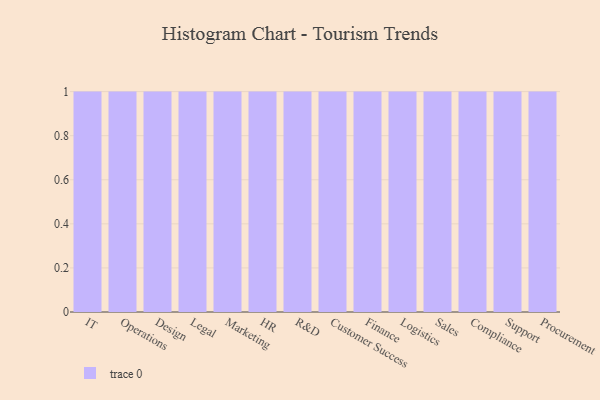
{"axis": {"x": "Department", "y": "Backlog"}, "legend": [""], "data": [{"x": "IT", "y": 36, "type": ""}, {"x": "Operations", "y": 95, "type": ""}, {"x": "Design", "y": 49, "type": ""}, {"x": "Legal", "y": 73, "type": ""}, {"x": "Marketing", "y": 91, "type": ""}, {"x": "HR", "y": 55, "type": ""}, {"x": "R&D", "y": 53, "type": ""}, {"x": "Customer Success", "y": 49, "type": ""}, {"x": "Finance", "y": 92, "type": ""}, {"x": "Logistics", "y": 18, "type": ""}, {"x": "Sales", "y": 33, "type": ""}, {"x": "Compliance", "y": 54, "type": ""}, {"x": "Support", "y": 34, "type": ""}, {"x": "Procurement", "y": 52, "type": ""}]}